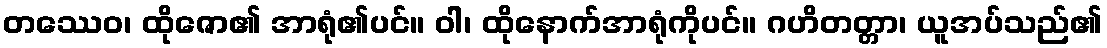
တဿေဝ၊ ထိုဇော၏ အာရုံ၏ပင်။ ဝါ၊ ထိုနောက်အာရုံကိုပင်။ ဂဟိတတ္တာ၊ ယူအပ်သည်၏